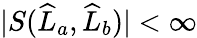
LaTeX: |S(\widehat{L}_{a},\widehat{L}_{b})|<\infty